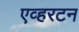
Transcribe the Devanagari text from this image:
एव्हरटन